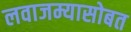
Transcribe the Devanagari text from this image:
लवाजम्यासोबत